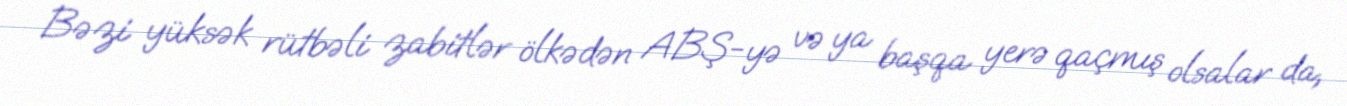
Bəzi yüksək rütbəli zabitlər ölkədən ABŞ-yə və ya başqa yerə qaçmış olsalar da,